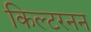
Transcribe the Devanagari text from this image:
किल्टरनन